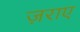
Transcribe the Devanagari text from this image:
ज़राए